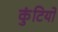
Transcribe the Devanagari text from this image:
कुंटियों